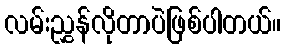
လမ်းညွှန်လိုတာပဲဖြစ်ပါတယ်။